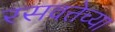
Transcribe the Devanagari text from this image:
रसवत्तेच्या